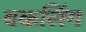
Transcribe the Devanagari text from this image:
बकलिंग